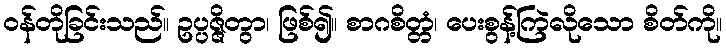
ဝန်တိုခြင်းသည်။ ဥပ္ပဇ္ဇိတွာ၊ ဖြစ်၍။ စာဂစိတ္တံ၊ ပေးစွန့်ကြဲလိုသော စိတ်ကို။